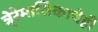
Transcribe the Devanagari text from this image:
त्रे्रेमासिकाचेही